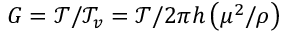
G = \mathcal { T } / \mathcal { T } _ { v } = \mathcal { T } / 2 \pi h \left( \mu ^ { 2 } / \rho \right)